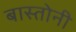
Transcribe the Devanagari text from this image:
बास्तोनी